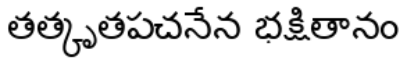
తత్కృతపచనేన భక్షితానం